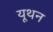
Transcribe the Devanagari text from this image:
यूथन